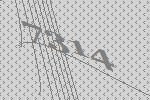
7314